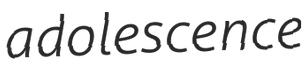
adolescence